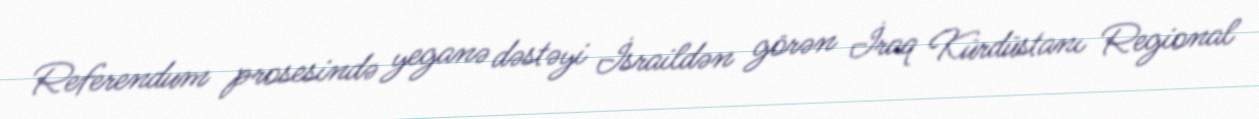
Referendum prosesində yeganə dəstəyi İsraildən görən İraq Kürdüstanı Regional